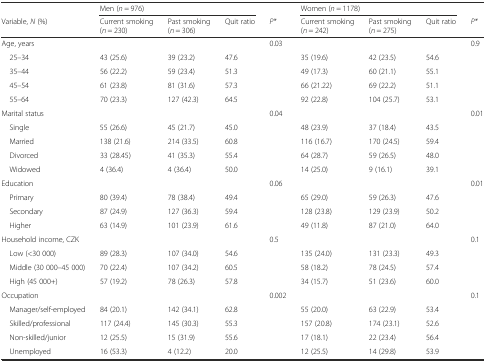
<table><thead><tr><td></td><td colspan="3"><b>Men (<i>n</i> = 976)</b></td><td></td><td colspan="3"><b>Women (<i>n</i> = 1178)</b></td><td></td></tr><tr><td><b>Variable, <i>N</i> (%)</b></td><td><b>Current smoking (<i>n</i> = 230)</b></td><td><b>Past smoking (<i>n</i> = 306)</b></td><td><b>Quit ratio</b></td><td><b><i>P*</i></b></td><td><b>Current smoking (<i>n</i> = 242)</b></td><td><b>Past smoking (<i>n</i> = 275)</b></td><td><b>Quit ratio</b></td><td><b><i>P*</i></b></td></tr></thead><tbody><tr><td>Age, years</td><td></td><td></td><td></td><td>0.03</td><td></td><td></td><td></td><td>0.9</td></tr><tr><td> 25–34</td><td>43 (25.6)</td><td>39 (23.2)</td><td>47.6</td><td></td><td>35 (19.6)</td><td>42 (23.5)</td><td>54.6</td><td></td></tr><tr><td> 35–44</td><td>56 (22.2)</td><td>59 (23.4)</td><td>51.3</td><td></td><td>49 (17.3)</td><td>60 (21.1)</td><td>55.1</td><td></td></tr><tr><td> 45–54</td><td>61 (23.8)</td><td>81 (31.6)</td><td>57.3</td><td></td><td>66 (21.22)</td><td>69 (22.2)</td><td>51.1</td><td></td></tr><tr><td> 55–64</td><td>70 (23.3)</td><td>127 (42.3)</td><td>64.5</td><td></td><td>92 (22.8)</td><td>104 (25.7)</td><td>53.1</td><td></td></tr><tr><td>Marital status</td><td></td><td></td><td></td><td>0.04</td><td></td><td></td><td></td><td>0.01</td></tr><tr><td> Single</td><td>55 (26.6)</td><td>45 (21.7)</td><td>45.0</td><td></td><td>48 (23.9)</td><td>37 (18.4)</td><td>43.5</td><td></td></tr><tr><td> Married</td><td>138 (21.6)</td><td>214 (33.5)</td><td>60.8</td><td></td><td>116 (16.7)</td><td>170 (24.5)</td><td>59.4</td><td></td></tr><tr><td> Divorced</td><td>33 (28.45)</td><td>41 (35.3)</td><td>55.4</td><td></td><td>64 (28.7)</td><td>59 (26.5)</td><td>48.0</td><td></td></tr><tr><td> Widowed</td><td>4 (36.4)</td><td>4 (36.4)</td><td>50.0</td><td></td><td>14 (25.0)</td><td>9 (16.1)</td><td>39.1</td><td></td></tr><tr><td>Education</td><td></td><td></td><td></td><td>0.06</td><td></td><td></td><td></td><td>0.01</td></tr><tr><td> Primary</td><td>80 (39.4)</td><td>78 (38.4)</td><td>49.4</td><td></td><td>65 (29.0)</td><td>59 (26.3)</td><td>47.6</td><td></td></tr><tr><td> Secondary</td><td>87 (24.9)</td><td>127 (36.3)</td><td>59.4</td><td></td><td>128 (23.8)</td><td>129 (23.9)</td><td>50.2</td><td></td></tr><tr><td> Higher</td><td>63 (14.9)</td><td>101 (23.9)</td><td>61.6</td><td></td><td>49 (11.8)</td><td>87 (21.0)</td><td>64.0</td><td></td></tr><tr><td>Household income, CZK</td><td></td><td></td><td></td><td>0.5</td><td></td><td></td><td></td><td>0.1</td></tr><tr><td> Low (&lt;30 000)</td><td>89 (28.3)</td><td>107 (34.0)</td><td>54.6</td><td></td><td>135 (24.0)</td><td>131 (23.3)</td><td>49.3</td><td></td></tr><tr><td> Middle (30 000–45 000)</td><td>70 (22.4)</td><td>107 (34.2)</td><td>60.5</td><td></td><td>58 (18.2)</td><td>78 (24.5)</td><td>57.4</td><td></td></tr><tr><td> High (45 000+)</td><td>57 (19.2)</td><td>78 (26.3)</td><td>57.8</td><td></td><td>34 (15.7)</td><td>51 (23.6)</td><td>60.0</td><td></td></tr><tr><td>Occupation</td><td></td><td></td><td></td><td>0.002</td><td></td><td></td><td></td><td>0.1</td></tr><tr><td> Manager/self-employed</td><td>84 (20.1)</td><td>142 (34.1)</td><td>62.8</td><td></td><td>55 (20.0)</td><td>63 (22.9)</td><td>53.4</td><td></td></tr><tr><td> Skilled/professional</td><td>117 (24.4)</td><td>145 (30.3)</td><td>55.3</td><td></td><td>157 (20.8)</td><td>174 (23.1)</td><td>52.6</td><td></td></tr><tr><td> Non-skilled/junior</td><td>12 (25.5)</td><td>15 (31.9)</td><td>55.6</td><td></td><td>17 (18.1)</td><td>22 (23.4)</td><td>56.4</td><td></td></tr><tr><td> Unemployed</td><td>16 (53.3)</td><td>4 (12.2)</td><td>20.0</td><td></td><td>12 (25.5)</td><td>14 (29.8)</td><td>53.9</td><td></td></tr></tbody></table>